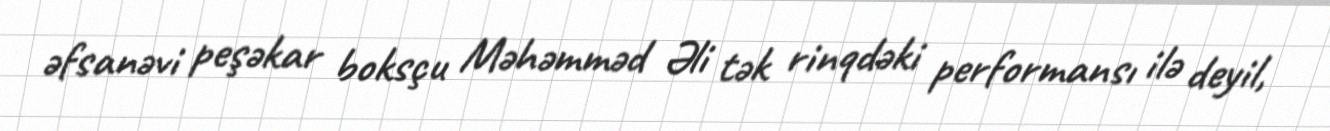
əfsanəvi peşəkar boksçu Məhəmməd Əli tək rinqdəki performansı ilə deyil,